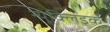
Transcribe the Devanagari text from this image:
न्यूक्लिइक